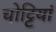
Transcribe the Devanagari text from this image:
चोट्टियां